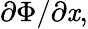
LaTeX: \partial\Phi/\partial{\mathit{x}},